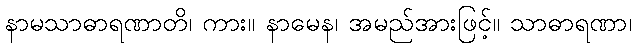
နာမသာဓာရဏာတိ၊ ကား။ နာမေန၊ အမည်အားဖြင့်။ သာဓာရဏာ၊